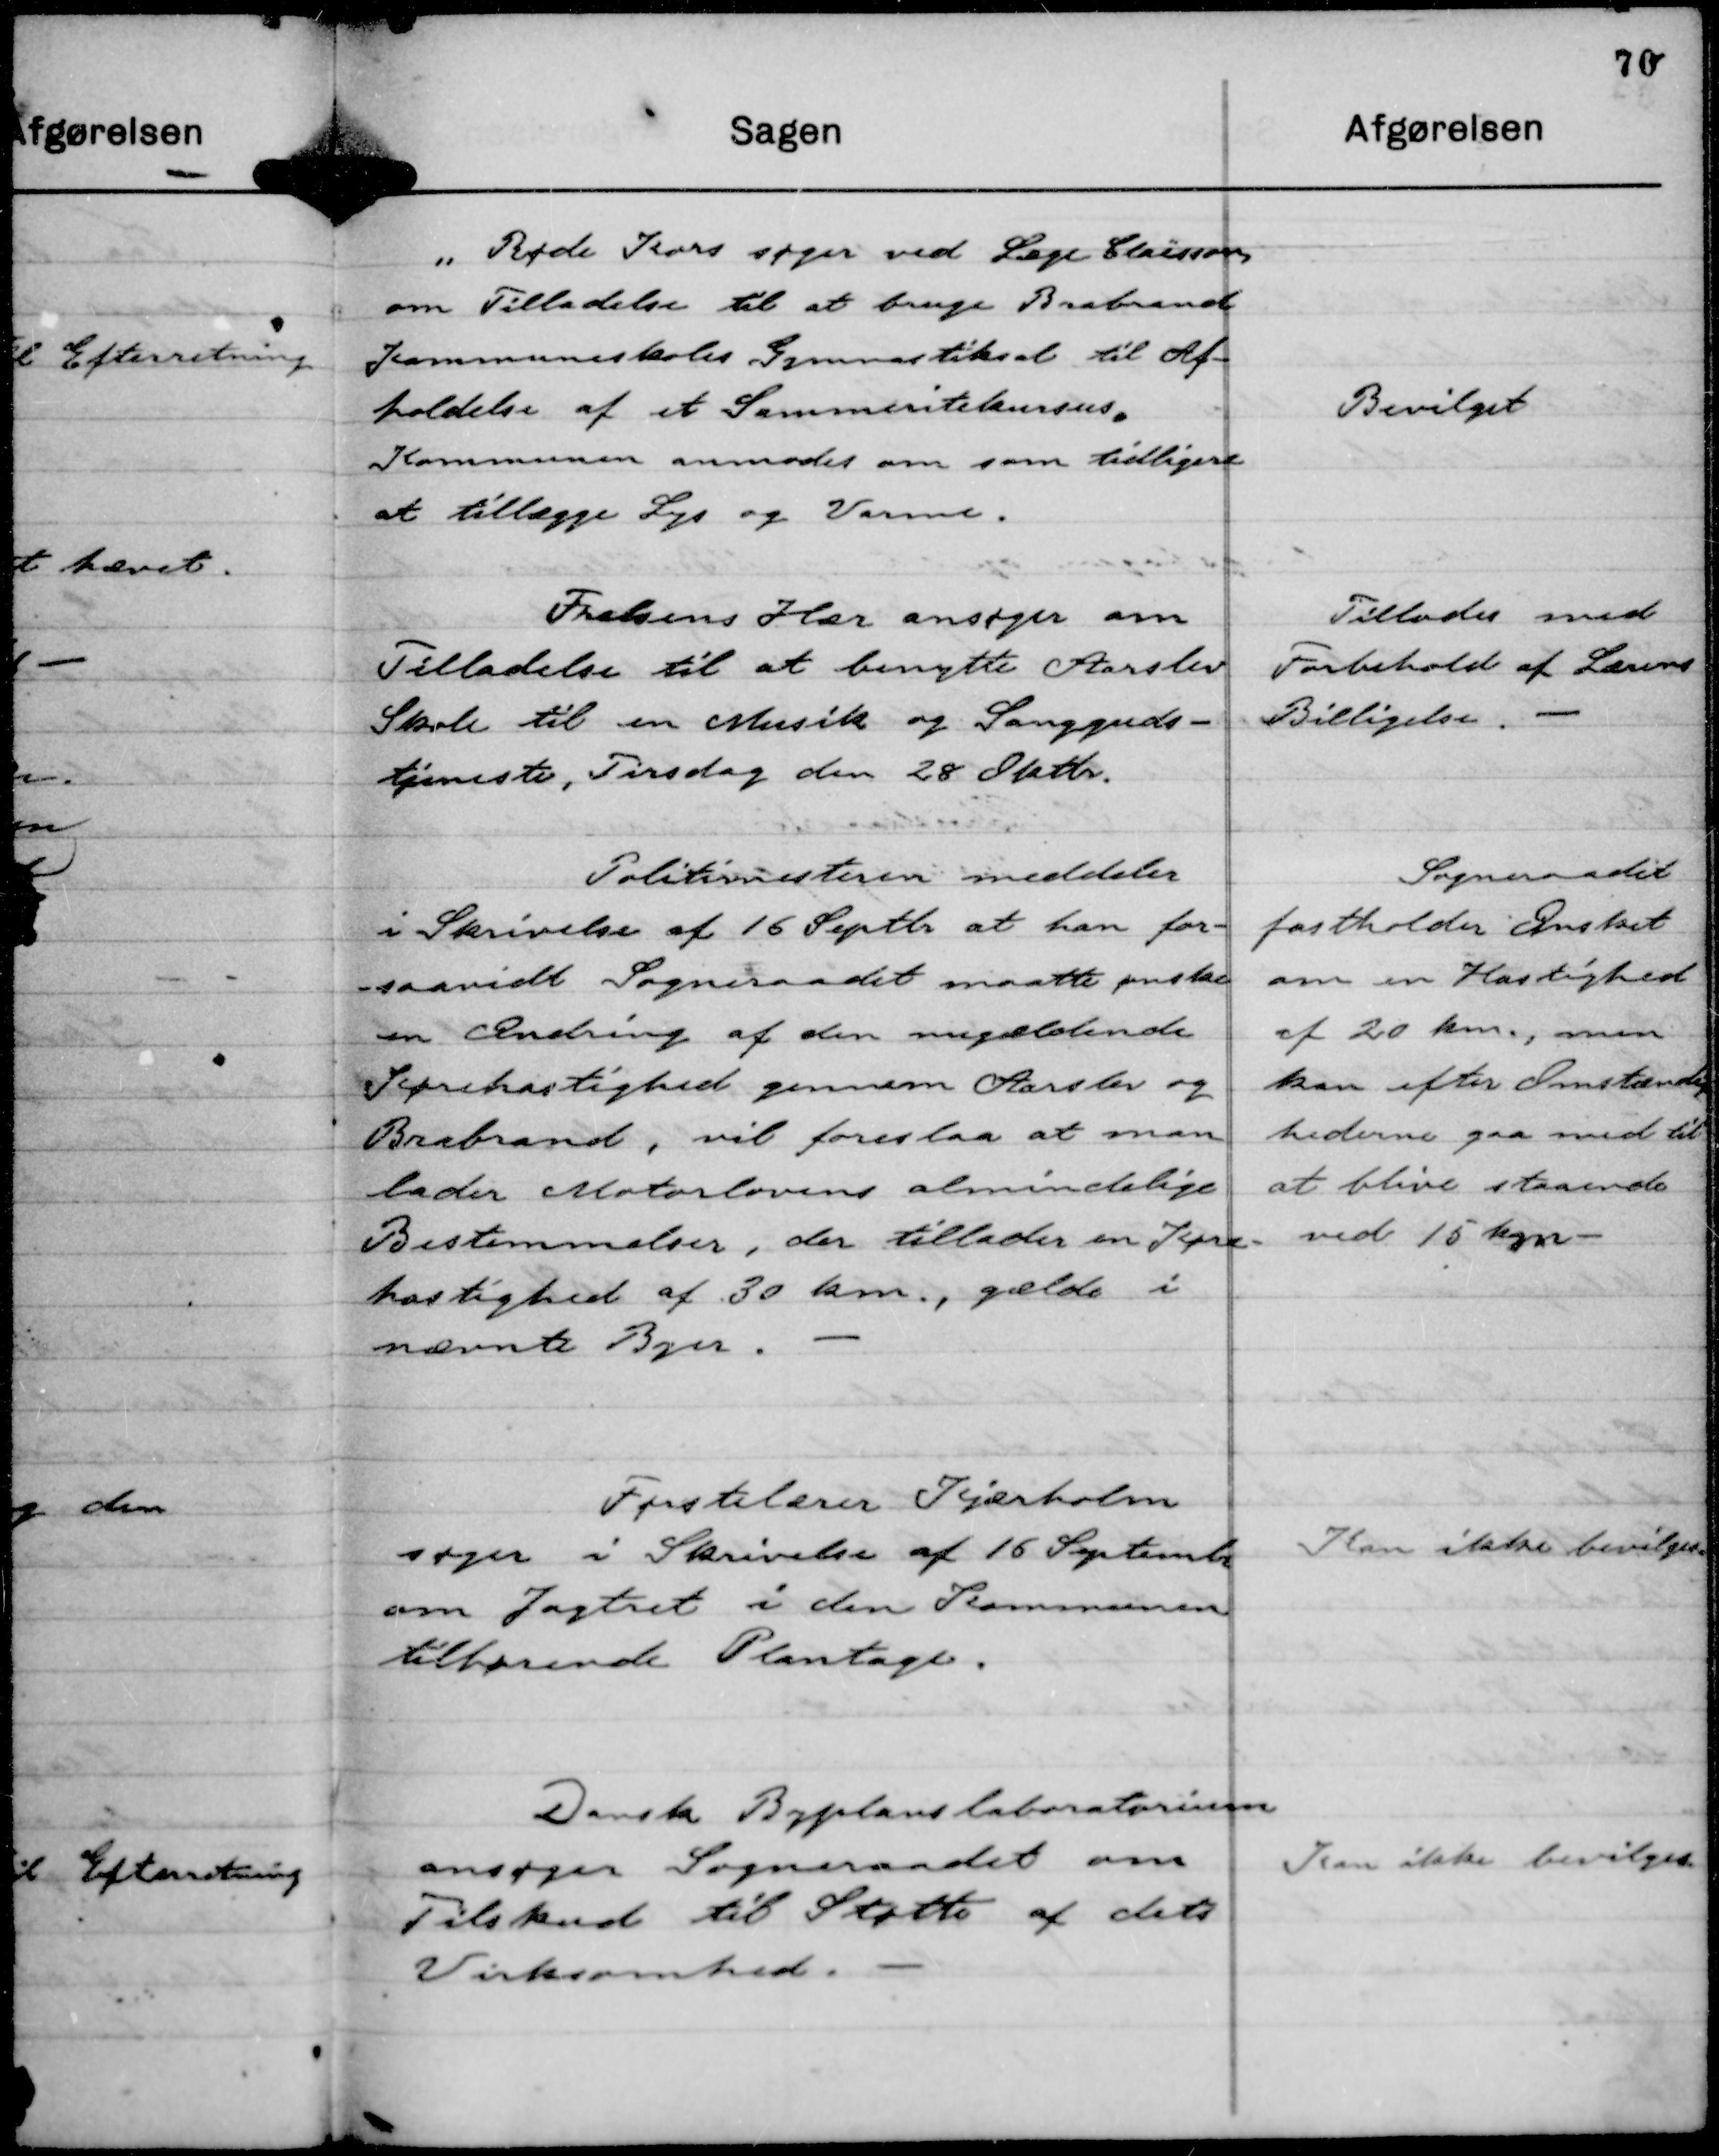
Transskription:
" Røde Kors søger ved Læge Claesson
om Tilladelse til at bruge Brabrand
Kommuneskoles Gymnastiksal til Af-
holdelse af et Sammeritskursus.
Kommunen anmodes om som tidligere
at tillægge Lys og Varme.

Bevilget

Frelsens Hær ansøger om
Tilladelse til at benytte Aarslev
Skole til en Musik og Sangguds-
tjeneste, Tirsdag den 28 Oktbr.

Tillades med
Forbehold af Lærens
Billigelse.

Politimesteren meddeler
i Skrivelse af 16 Septbr at han for-
saavidt Sogneraadet maatte ønske
en Ændring af den nugældende
Kørehastighed gennem Aarslev og
Brabrand, vil foreslaa at man
lader Motorlovens almindelige
Bestemmelser, der tillader en Køre-
hastighed af 30 km., gælde i
nævnte Byer.

Sogneraadet
fastholder Ønsket
om en Hastighed
af 20 km., men
kan efter Omstændig
hederne gaa med til
at blive staaende
ved 15 km

Førstelærer Kjærholm
søger i Skrivelse af 16 Septembr
om Jagtret i den Kommunen
tilhørende Plantage.

Kan ikke bevilges.

Dansk Byplanslaboratorium
ansøger Sogneraadet om
Tilskud til Støtte af dets
Virksomhed.

Kan ikke bevilges.